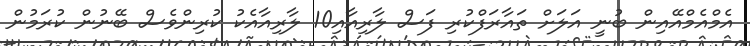
އެމްއެމްއޭއިން ބުނީ އަލަށް ތައާރަފްކުރި ފަސް ލާރިއާއި10 ލާރިއާއެކު ކުރިންވެސް ބޭނުން ކުރަމުން